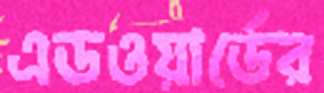
এডওয়ার্ডের